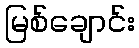
မြစ်ချောင်း